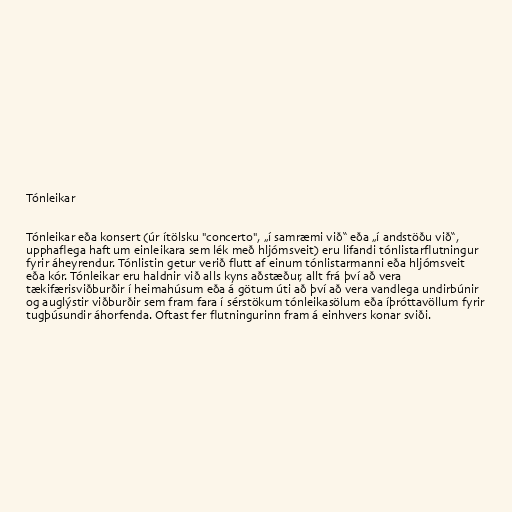
Tónleikar

Tónleikar eða konsert (úr ítölsku "concerto", „í samræmi við“ eða „í andstöðu við“,
upphaflega haft um einleikara sem lék með hljómsveit) eru lifandi tónlistarflutningur
fyrir áheyrendur. Tónlistin getur verið flutt af einum tónlistarmanni eða hljómsveit
eða kór. Tónleikar eru haldnir við alls kyns aðstæður, allt frá því að vera
tækifærisviðburðir í heimahúsum eða á götum úti að því að vera vandlega undirbúnir
og auglýstir viðburðir sem fram fara í sérstökum tónleikasölum eða íþróttavöllum fyrir
tugþúsundir áhorfenda. Oftast fer flutningurinn fram á einhvers konar sviði.